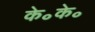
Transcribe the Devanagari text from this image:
के॰के॰